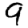
Digit: 9